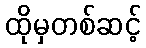
ထိုမှတစ်ဆင့်